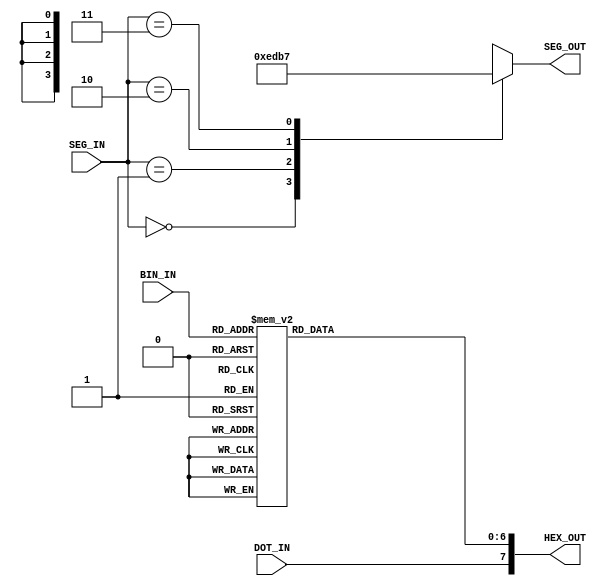
`timescale 1ns / 1ps
//////////////////////////////////////////////////////////////////////////////////
// Company: 
// Engineer: 
// 
// Design Name: 
// Module Name: DecodingWorld
// Project Name: 
// Target Devices: 
// Tool Versions: 
// Description: 
// 
// Dependencies: 
// 
// Revision:
// Revision 0.01 - File Created
// Additional Comments:
// 
//////////////////////////////////////////////////////////////////////////////////


module DecodingWorld(
    input [3:0] BIN_IN,
    input [1:0] SEG_IN,
    input DOT_IN,
    output reg [7:0] HEX_OUT,
    output reg [3:0] SEG_OUT
    );
    
    always@(SEG_IN) begin
    case(SEG_IN)
        2'b00 : SEG_OUT <= 4'b1110;
        2'b01 : SEG_OUT <= 4'b1101;
        2'b10 : SEG_OUT <= 4'b1011;
        2'b11 : SEG_OUT <= 4'b0111;
        default : SEG_OUT <= 4'b1111;
    endcase
    end
    
    always@(BIN_IN or DOT_IN) begin
    case(BIN_IN)
        4'h0 : HEX_OUT[6:0] <= 7'b1000000;
        4'h1 : HEX_OUT[6:0] <= 7'b1111001;
        4'h2 : HEX_OUT[6:0] <= 7'b0100100;
        4'h3 : HEX_OUT[6:0] <= 7'b0110000;
        
        4'h4 : HEX_OUT[6:0] <= 7'b0011001;
        4'h5 : HEX_OUT[6:0] <= 7'b0010010;
        4'h6 : HEX_OUT[6:0] <= 7'b0000010;
        4'h7 : HEX_OUT[6:0] <= 7'b1111000;
        
        4'h8 : HEX_OUT[6:0] <= 7'b0000000;
        4'h9 : HEX_OUT[6:0] <= 7'b0011000;
        4'hA : HEX_OUT[6:0] <= 7'b0001000;
        4'hB : HEX_OUT[6:0] <= 7'b0000011;
        
        4'hC : HEX_OUT[6:0] <= 7'b1000110;
        4'hD : HEX_OUT[6:0] <= 7'b0100001;
        4'hE : HEX_OUT[6:0] <= 7'b0000110;
        4'hF : HEX_OUT[6:0] <= 7'b0001110;
        
        default : HEX_OUT <= 7'b1111111;
    endcase
    
        HEX_OUT[7] <= DOT_IN;
    end
    
endmodule